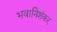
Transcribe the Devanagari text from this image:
भवानिशंकर